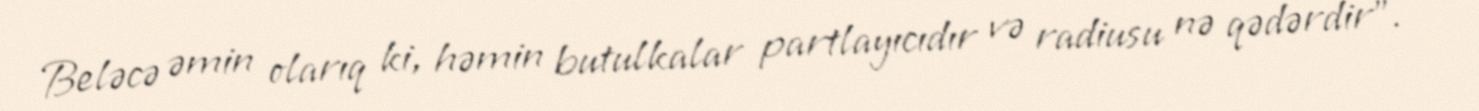
Beləcə əmin olarıq ki, həmin butulkalar partlayıcıdır və radiusu nə qədərdir”.